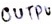
Text: OUTPU